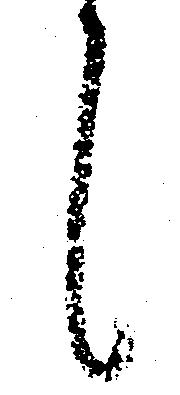
候